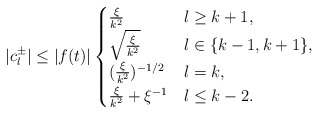
\begin{align*} |c_{l}^{\pm}| \leq |f(t)| \begin{cases} \frac{\xi}{k^2} & l\geq k+1, \\ \sqrt{\frac{\xi}{k^2}} & l \in \{k-1,k+1\}, \\ (\frac{\xi}{k^2})^{-1/2} & l=k, \\ \frac{\xi}{k^2} + \xi^{-1} & l\leq k-2. \end{cases}\end{align*}